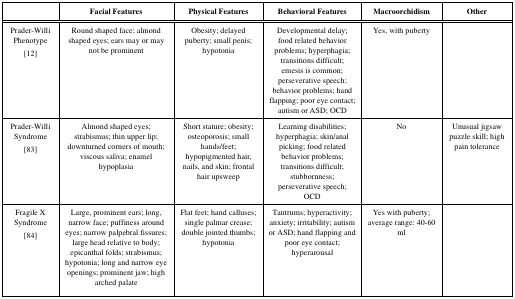
<table><thead><tr><td></td><td><b>Facial Features</b></td><td><b>Physical Features</b></td><td><b>Behavioral Features</b></td><td><b>Macroorchidism</b></td><td><b>Other</b></td></tr></thead><tbody><tr><td>Prader-Willi Phenotype[12]</td><td>Round shaped face; almond shaped eyes; ears may or may not be prominent</td><td>Obesity; delayed puberty; small penis; hypotonia</td><td>Developmental delay; food related behavior problems; hyperphagia; transitions difficult; emesis is common; perseverative speech; behavior problems; hand flapping; poor eye contact; autism or ASD; OCD</td><td>Yes, with puberty</td><td></td></tr><tr><td>Prader-Willi Syndrome [83]</td><td>Almond shaped eyes; strabismus; thin upper lip; downturned corners of mouth; viscous saliva; enamel hypoplasia</td><td>Short stature; obesity; osteoporosis; small hands/feet; hypopigmented hair, nails, and skin; frontal hair upsweep</td><td>Learning disabilities; hyperphagia; skin/anal picking; food related behavior problems; transitions difficult; stubbornness; perseverative speech; OCD</td><td>No</td><td>Unusual jigsaw puzzle skill; high pain tolerance</td></tr><tr><td>Fragile X Syndrome [84]</td><td>Large, prominent ears; long, narrow face; puffiness around eyes; narrow palpebral fissures; large head relative to body; epicanthal folds; strabismus; hypotonia; long and narrow eye openings; prominent jaw; high arched palate</td><td>Flat feet; hand calluses; single palmar crease; double jointed thumbs; hypotonia</td><td>Tantrums; hyperactivity; anxiety; irritability; autism or ASD; hand flapping and poor eye contact; hyperarousal</td><td>Yes with puberty; average range: 40-60 ml</td><td></td></tr></tbody></table>